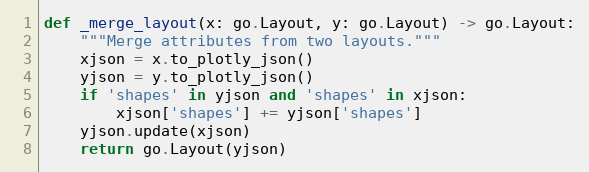
Language: Python
def _merge_layout(x: go.Layout, y: go.Layout) -> go.Layout:
    """Merge attributes from two layouts."""
    xjson = x.to_plotly_json()
    yjson = y.to_plotly_json()
    if 'shapes' in yjson and 'shapes' in xjson:
        xjson['shapes'] += yjson['shapes']
    yjson.update(xjson)
    return go.Layout(yjson)